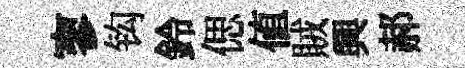
寥钩鈴偲値賊興郝